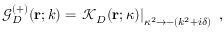
{ \mathcal G } _ { { D } } ^ { ( + ) } ( { \bf r } ; k ) = \left. { \mathcal K } _ { { D } } ( { \bf r } ; \kappa ) \right| _ { \kappa ^ { 2 } \rightarrow - ( k ^ { 2 } + i \delta ) } \; ,